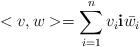
LaTeX: \begin{align*} <v,w>=\sum_{i=1}^{n}v_{i}\textbf{i}\bar{w_{i}}\end{align*}